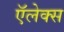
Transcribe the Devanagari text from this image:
ऍलेक्स